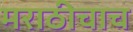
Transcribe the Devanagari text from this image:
मराठीचाच